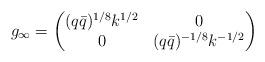
LaTeX: \begin{align*}g_\infty = \begin{pmatrix} (q\bar q)^{1/8}k^{1/2} & 0 \\ 0 & (q\bar q)^{-1/8}k^{-1/2} \end{pmatrix}\end{align*}